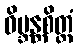
ဝိဗ္ဘန္တစိတ္တံ